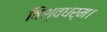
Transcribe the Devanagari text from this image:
विश्वधर्म।